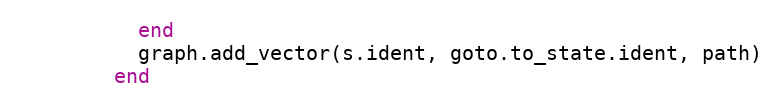
Language: Ruby
          end
          graph.add_vector(s.ident, goto.to_state.ident, path)
        end